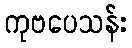
ကုဗပေသန်း